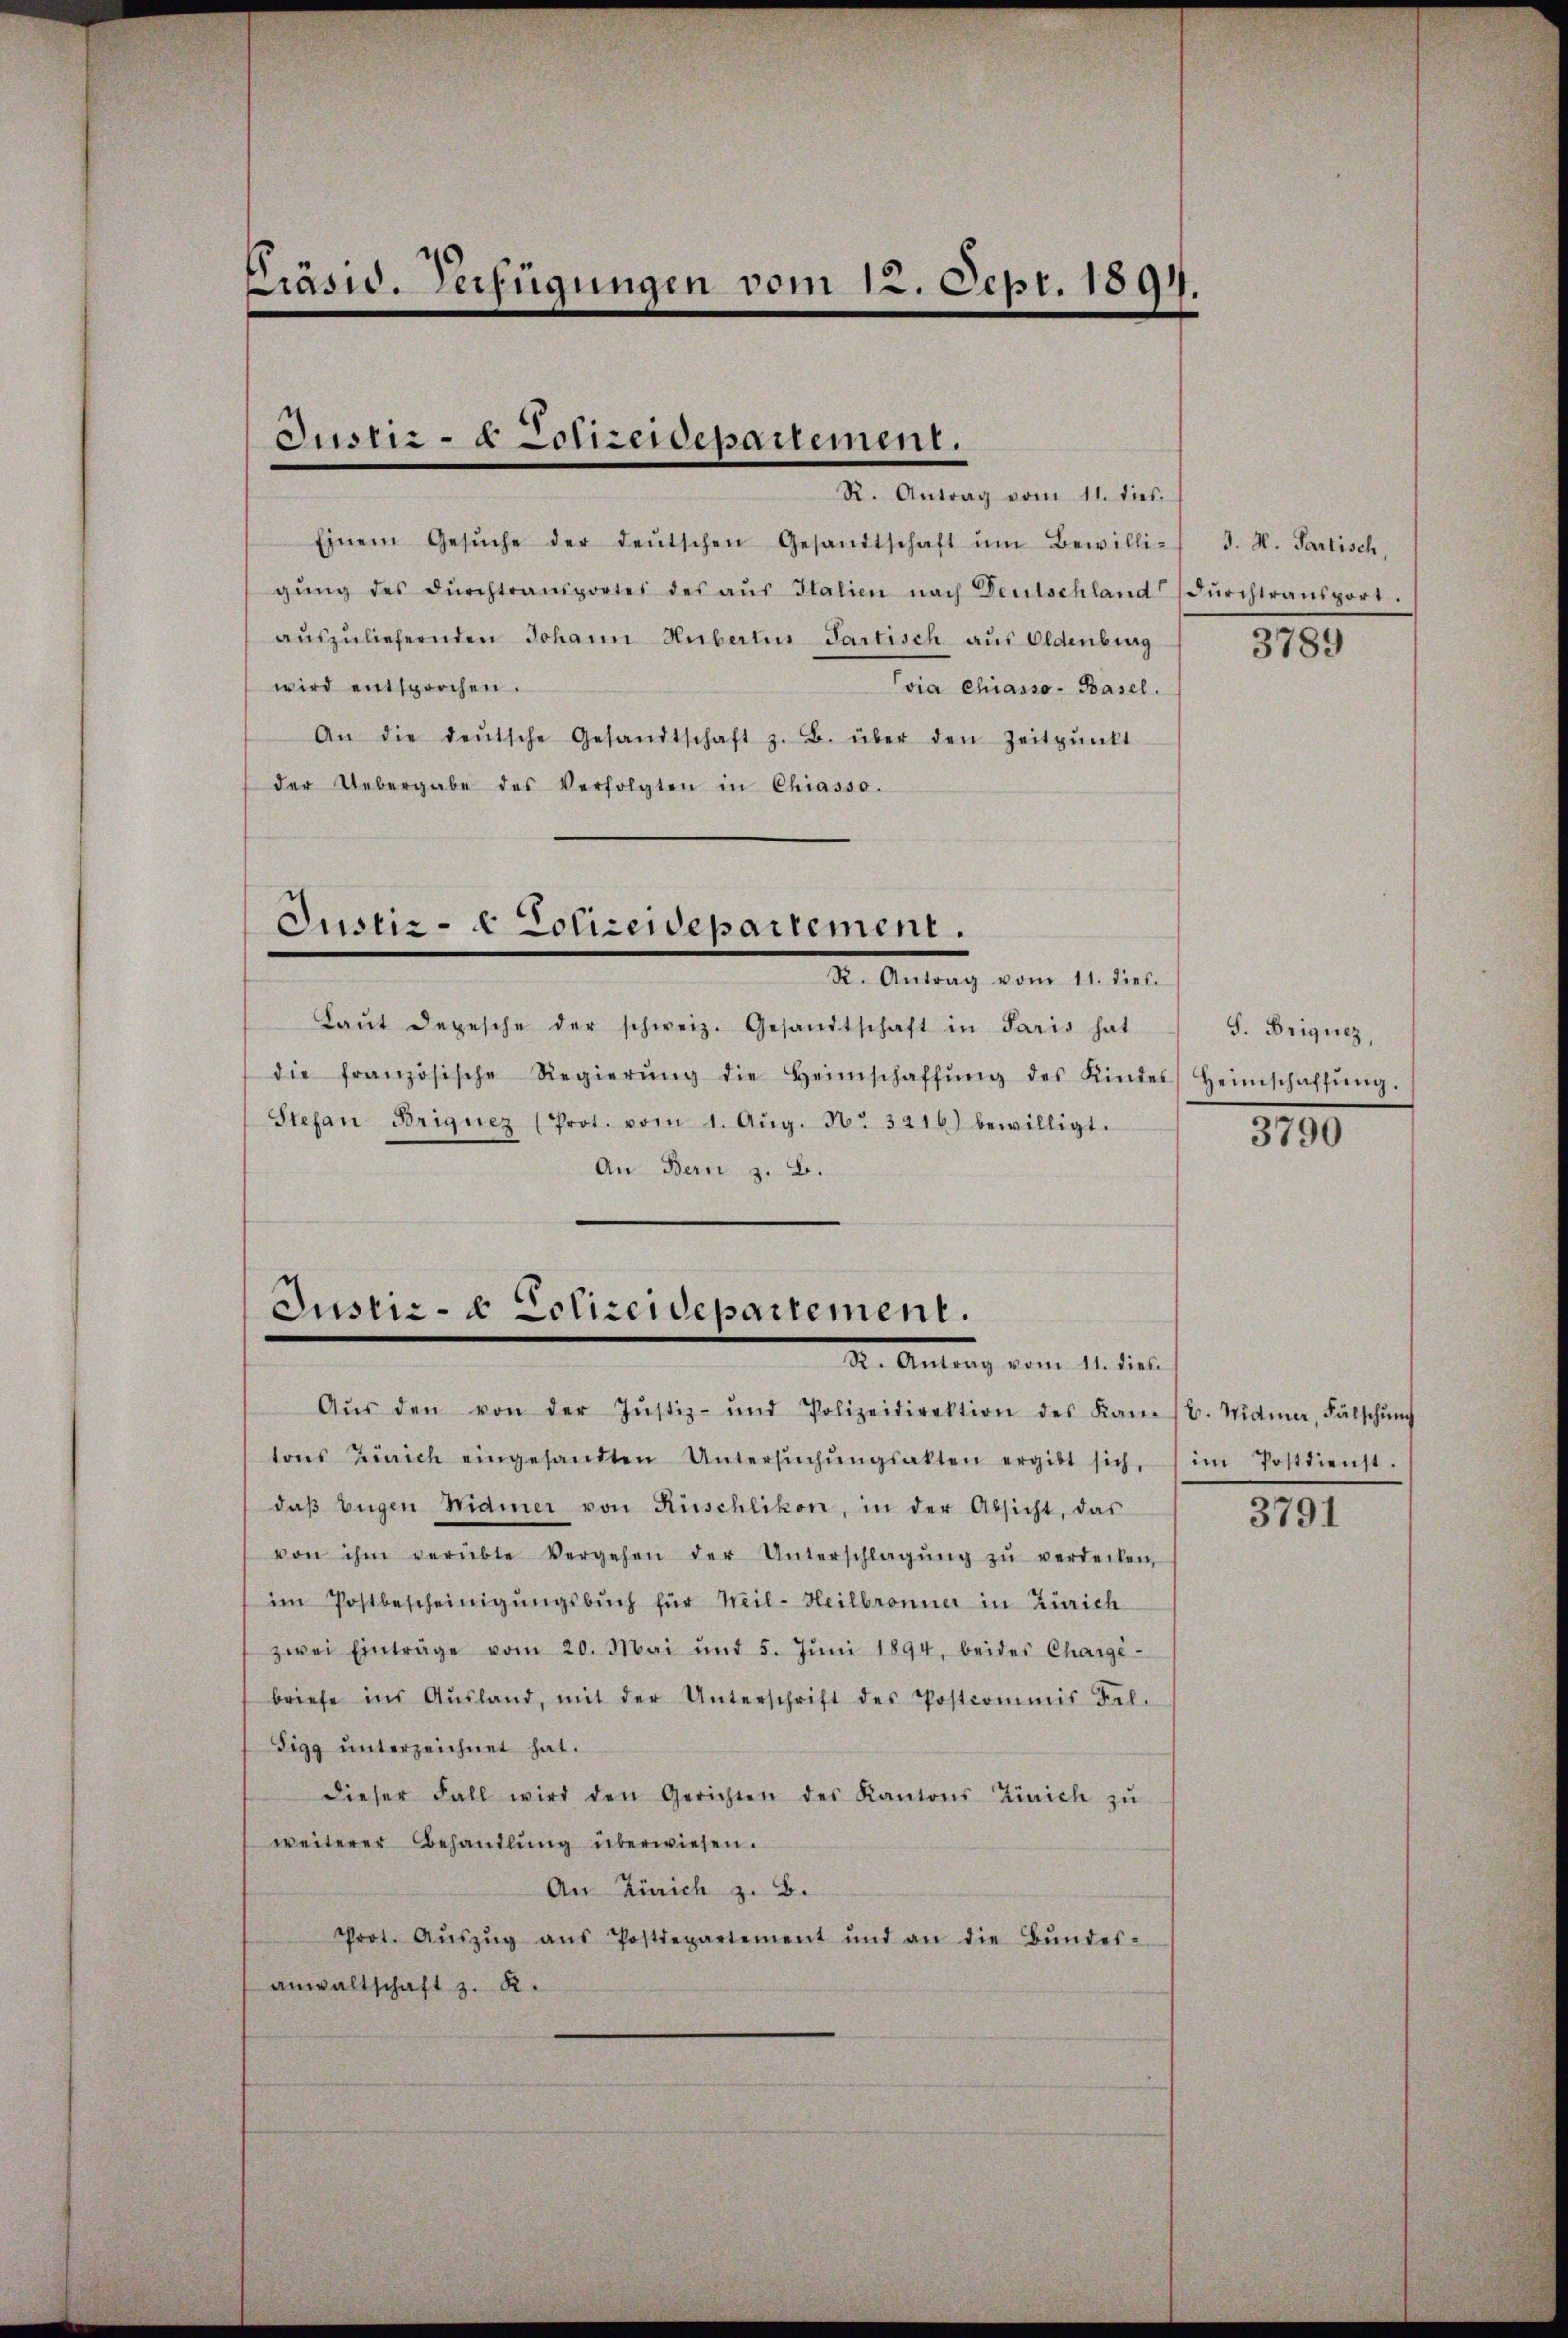
Präsid. Verfügungen vom 12. Sept. 1894.

Justiz- & Polizeidepartement.
R. Antrag vom 11. dies

Einem Gesŭche der deŭtschen Gesandtschaft ŭm Bewilli-
gŭng des dŭrchtransportes des aŭs Italien nach Deutschland (Dŭrchtransport.
aŭszŭliefernden Johann Huberten Partisch aus Oldenburg
wird entsprochen.
via Chiasso- Basel.
An die deŭtsche Gesandtschaft z. B. über den Zeitpŭnkt
der Uebergabe des Verfolgten in Chiasso.

Justiz- & Polizeidepartement.
Dr. Antrag vom 1. Jet

Justiz- & Polizeidepartement.
Dr. Antrag vom 1. dies

Laŭt depesche der schweiz. Gesandtschaft in Paris hat
die französische Regierŭng die Heimschaffŭng des Kindes Heimschaffŭng.
Stefan Briguez (Prot. vom 1. Aŭg. N. 3216) bewilligt.
An Bern z. B.

Aŭs den von der Justiz- und Polizeidirektion des Kam (C. Widmer, Fälschŭng
tons Zürich eingesandten Untersŭchŭngsakten ergibt sich, im Postdienst.
daβ Eŭgen Widmer von Rüschlikon, in der Absicht, das
von ihm verübte Vergehen der Unterschlagŭng zŭ verdecken,
im Postbescheinigŭngsbuch für Weil-Heilbronner in Zürich
zwei Einträge vom 20. Mai und 5. Jŭni 1894, beider Chargé-
briefe ins Aŭsland, mit der Unterschrift des Postcommis Fel-
Sigg unterzeichnet hat.
dieser Fall wird den Gerichten des Kantons Zürich zŭ
weiterer Behandlung überwiesen.
An Zürich z. B.
Prot. Aŭszŭg aŭs Postdepartement und an die Bŭndes-
anwaltschaft z. R.

J. M. Partisch,
3789

S. Briquez,

3790

3791